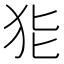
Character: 𱭳